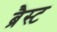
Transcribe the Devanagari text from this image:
ब्रैस्ट